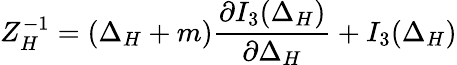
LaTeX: Z_{H}^{-1}=(\Delta_{H}+m){\frac{\partial I_{3}(\Delta_{H})}{\partial\Delta_{H}}}+I_{3}(\Delta_{H})